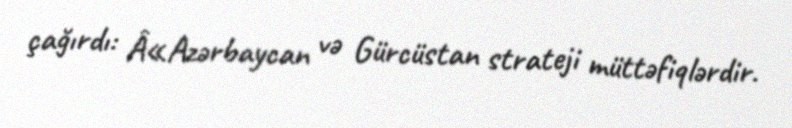
çağırdı: Â«Azərbaycan və Gürcüstan strateji müttəfiqlərdir.